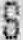
S